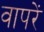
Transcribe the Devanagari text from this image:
वापरें